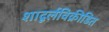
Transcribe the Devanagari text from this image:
शादूर्लविक्रीडित